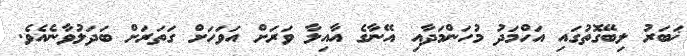
ޚަބަރު ލިބޭގޮތުގައި އަހްމަދު މުހަންމަދާއި އޭނާގެ އާއިލާ ވަރަށް އަވަހަށް ގަތަރަށް ބަދަލުވާނެއެވެ.